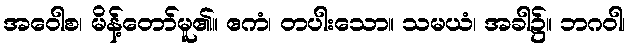
အဝေါစ၊ မိန့်တော်မူ၏။ ဧကံ၊ တပါးသော။ သမယံ၊ အခါ၌။ ဘဂဝါ၊